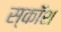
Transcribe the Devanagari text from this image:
स्कॉश